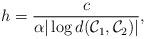
LaTeX: \begin{align*}h=\frac{c}{\alpha|\log d(\mathcal{C}_{1},\mathcal{C}_{2})|},\end{align*}